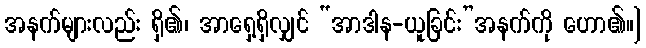
အနက်များလည်း ရှိ၏၊ အာရှေ့ရှိလျှင် “အာဒါန-ယူခြင်း”အနက်ကို ဟော၏။]